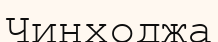
Чинходжа